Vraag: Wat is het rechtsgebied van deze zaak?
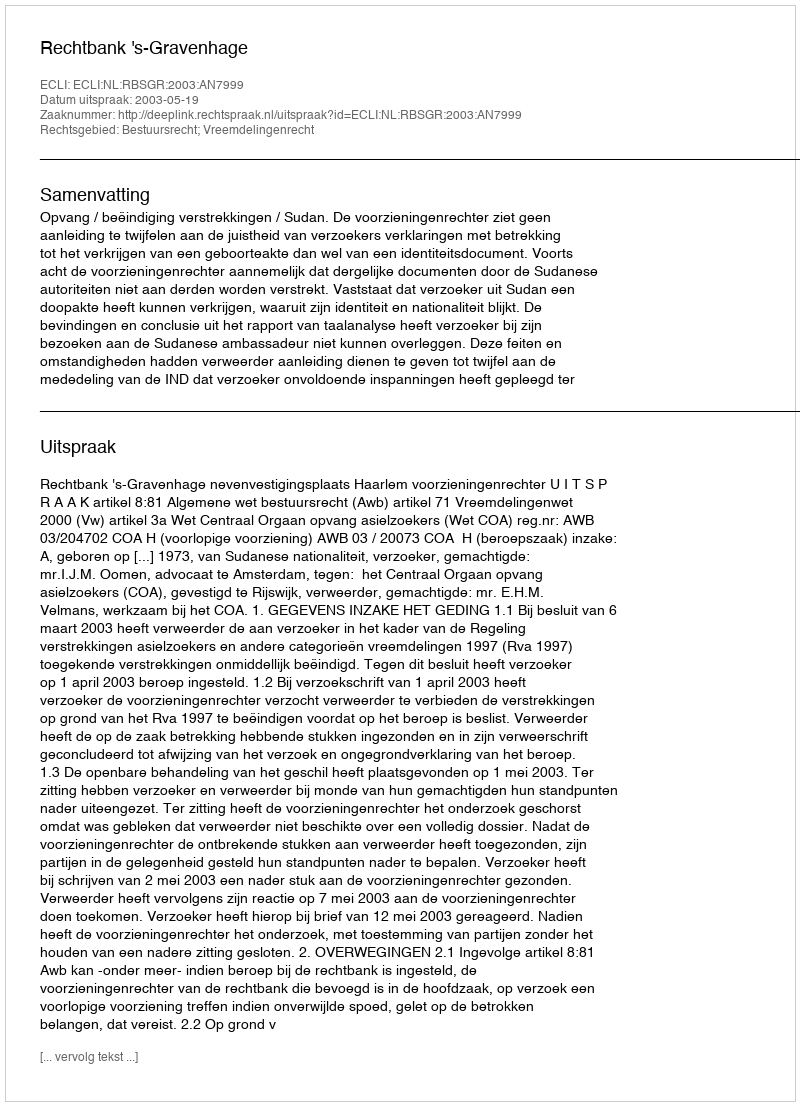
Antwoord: Bestuursrecht; Vreemdelingenrecht